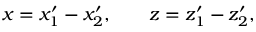
x = x _ { 1 } ^ { \prime } - x _ { 2 } ^ { \prime } , \qquad z = z _ { 1 } ^ { \prime } - z _ { 2 } ^ { \prime } ,